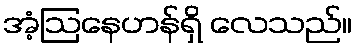
အံ့ဩနေဟန်ရှိ လေသည်။